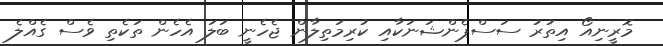
މޮރީނިއޯ އިތުރު ސަސްޕެންޝަނަކާއި ކުރިމަތިލާން ޖެހެނީ ބަލަ އެހެން ތަކެތި ވެސް ގެއްލެ